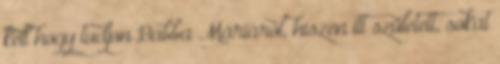
kell hogy tudjon Babba Máriáról, hiszen itt született, sokat